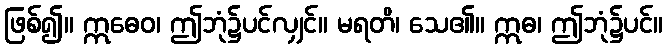
ဖြစ်၍။ ဣဓေဝ၊ ဤဘုံ၌ပင်လျှင်။ မရတိ၊ သေ၏။ ဣဓ၊ ဤဘုံ၌ပင်။